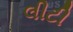
લીટી